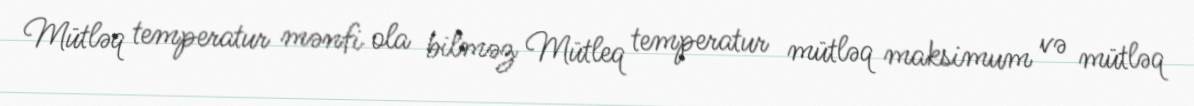
Mütləq temperatur mənfi ola bilməz Mütleq temperatur mütləq maksimum və mütləq